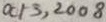
Text: Oct 3, 2008